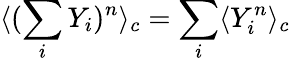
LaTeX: \langle(\sum_{i}Y_{i})^{n}\rangle_{c}=\sum_{i}\langle Y_{i}^{n}\rangle_{c}